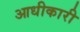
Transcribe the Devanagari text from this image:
आधीकारी